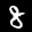
Label: 8